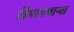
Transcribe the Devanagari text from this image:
विभागणाऱ्या